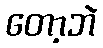
တော့ဘဲ